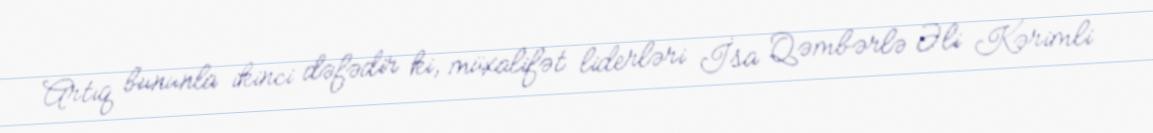
Artıq bununla ikinci dəfədir ki, müxalifət liderləri İsa Qəmbərlə Əli Kərimli